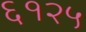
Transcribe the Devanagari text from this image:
६१२५